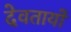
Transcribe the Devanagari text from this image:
देवतायों